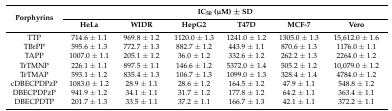
<table><thead><tr><td rowspan="2"><b>Porphyrins</b></td><td colspan="6"><b>IC<sub>50</sub> (μM) ± SD</b></td></tr><tr><td><b>HeLa</b></td><td><b>WIDR</b></td><td><b>HepG2</b></td><td><b>T47D</b></td><td><b>MCF-7</b></td><td><b>Vero</b></td></tr></thead><tbody><tr><td>TTP</td><td>714.6 ± 1.1</td><td>969.8 ± 1.2</td><td>1120.0 ± 1.3</td><td>1241.0 ± 1.2</td><td>1305.0 ± 1.3</td><td>15,612.0 ± 1.6</td></tr><tr><td>TBrPP</td><td>595.6 ± 1.3</td><td>772.7 ± 1.3</td><td>882.7 ± 1.2</td><td>443.9 ± 1.1</td><td>870.6 ± 1.3</td><td>1176.0 ± 1.1</td></tr><tr><td>TAPP</td><td>1007.0 ± 1.1</td><td>205.1 ± 1.2</td><td>36.0 ± 1.2</td><td>332.6 ± 1.2</td><td>262.2 ± 1.3</td><td>2264.0 ± 1.2</td></tr><tr><td>TrTMNP</td><td>226.1 ± 1.1</td><td>897.5 ± 1.1</td><td>146.6 ± 1.2</td><td>5372.0 ± 1.4</td><td>505.2 ± 1.2</td><td>10,079.0 ± 1.2</td></tr><tr><td>TrTMAP</td><td>593.1 ± 1.2</td><td>835.4 ± 1.3</td><td>106.7 ± 1.3</td><td>1099.0 ± 1.3</td><td>328.4 ± 1.4</td><td>4784.0 ± 1.2</td></tr><tr><td>cDBECPDPzP</td><td>1083.0 ± 1.2</td><td>28.9 ± 1.1</td><td>28.6 ± 1.2</td><td>164.5 ± 1.2</td><td>47.9 ± 1.1</td><td>548.8 ± 1.2</td></tr><tr><td>DBECPDPzP</td><td>941.9 ± 1.2</td><td>34.1 ± 1.1</td><td>31.7 ± 1.2</td><td>177.8 ± 1.2</td><td>64.2 ± 1.1</td><td>363.4 ± 1.1</td></tr><tr><td>DBECPDTP</td><td>201.7 ± 1.3</td><td>33.5 ± 1.1</td><td>37.2 ± 1.1</td><td>166.7 ± 1.3</td><td>42.1 ± 1.1</td><td>372.2 ± 1.1</td></tr></tbody></table>